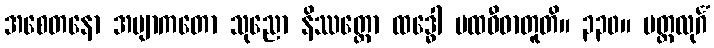
အစေတနော အဗျာကတော သုညော နိဿတ္တော ထဒ္ဓေါ ပထဝီဓာတူတိ။ ၃၃၀။ မတ္ထလုင်္ဂံ